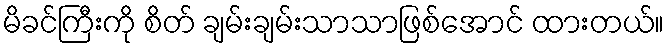
မိခင်ကြီးကို စိတ် ချမ်းချမ်းသာသာဖြစ်အောင် ထားတယ်။